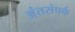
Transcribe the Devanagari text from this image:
अंतसंपर्क